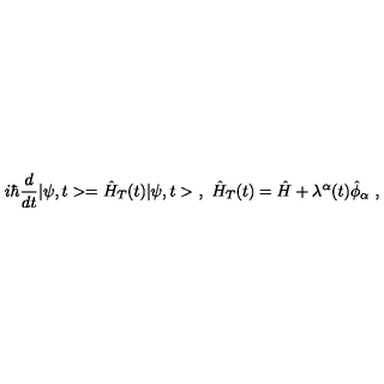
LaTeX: i \hbar \frac { d } { d t } | \psi , t > = \hat { H } _ { T } ( t ) | \psi , t > \ , \ \hat { H } _ { T } ( t ) = \hat { H } + \lambda ^ { \alpha } ( t ) \hat { \phi } _ { \alpha } \ ,